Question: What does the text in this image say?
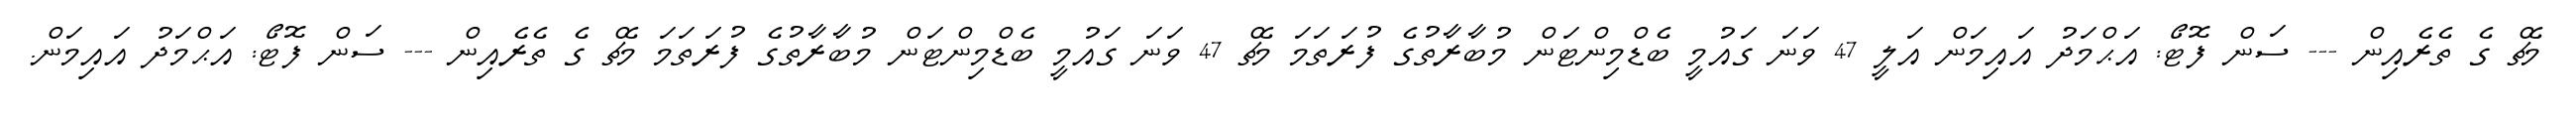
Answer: މެޗް ގެ ތެރެއިން --- ސަން ފޮޓޯ: އަޙްމަދު އައިމަން އަލީ 47 ވަނަ ގައުމީ ބެޑްމިންޓަން މުބާރާތުގެ ފުރަތަމަ މެޗް 47 ވަނަ ގައުމީ ބެޑްމިންޓަން މުބާރާތުގެ ފުރަތަމަ މެޗް ގެ ތެރެއިން --- ސަން ފޮޓޯ: އަޙްމަދު އައިމަން.